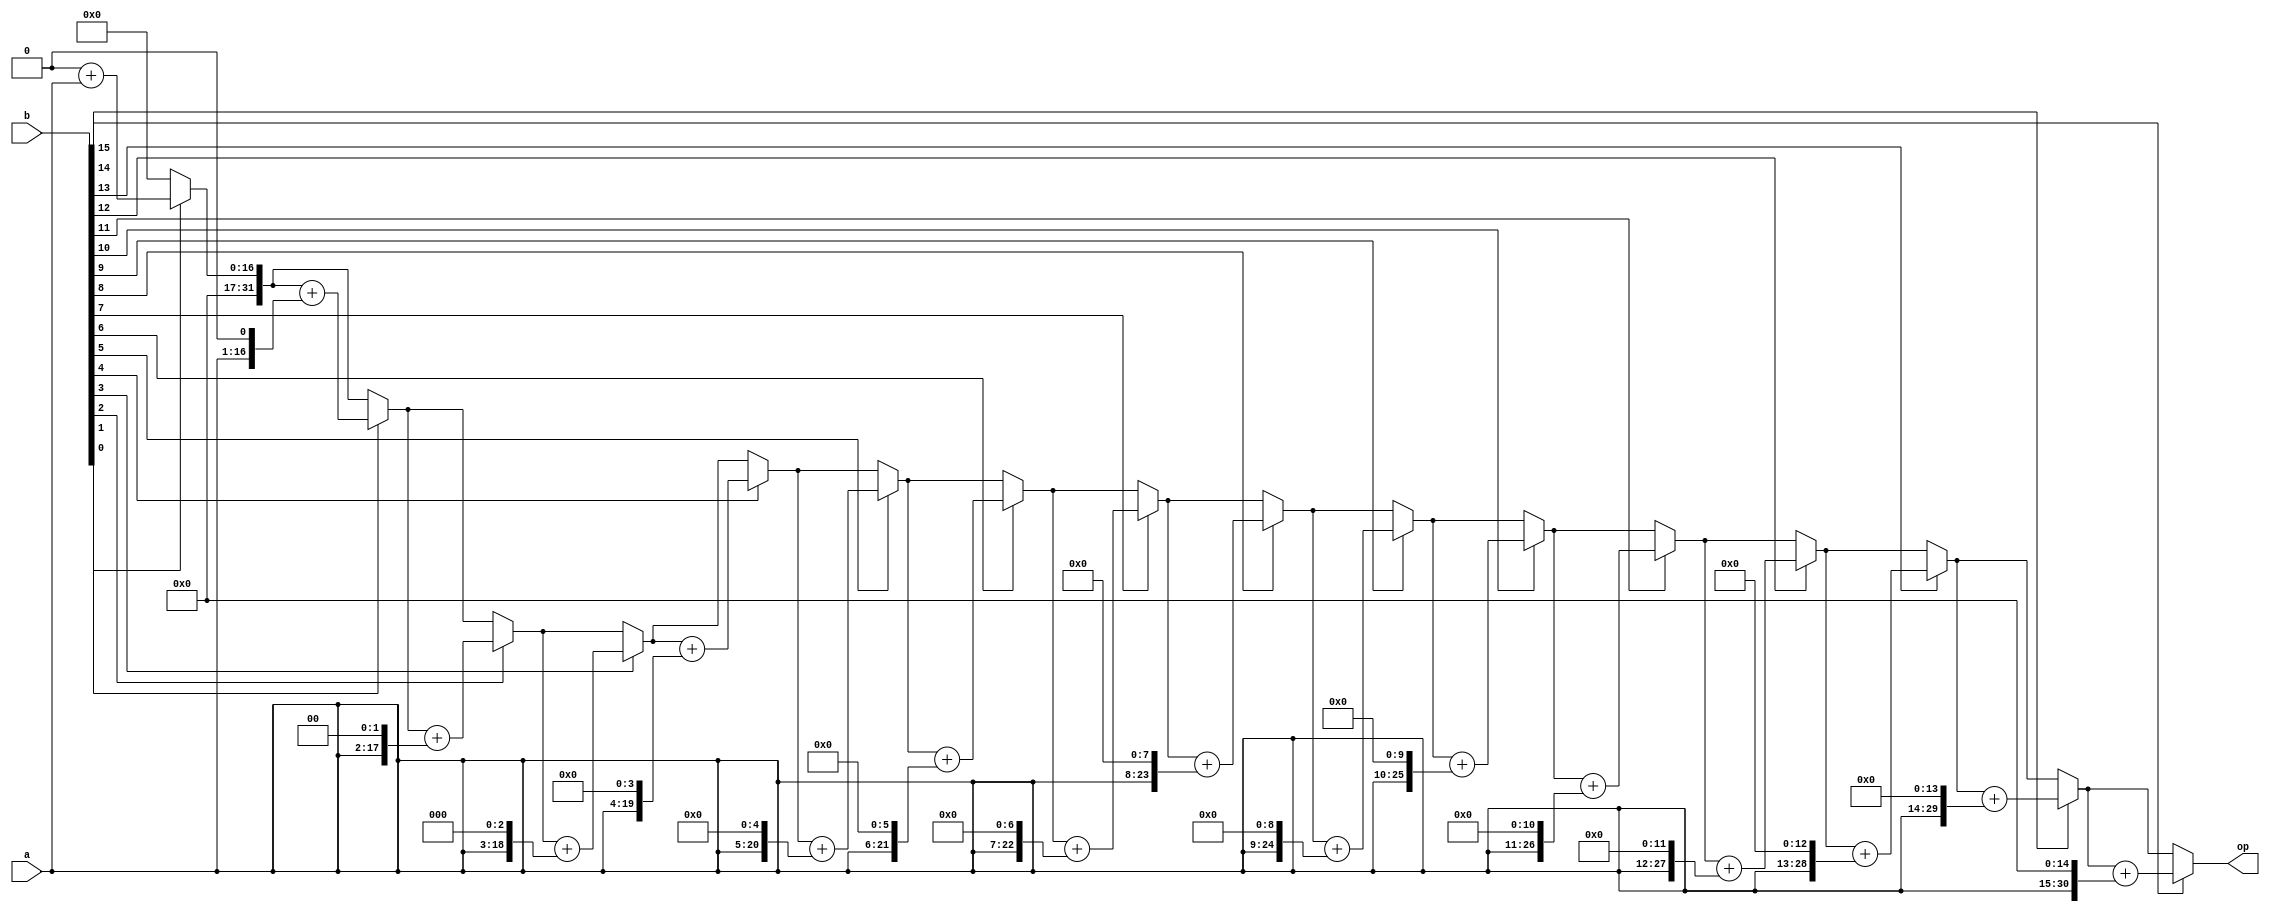
module mult_16_V1 (
	 a,b, op
);

input [15:0] a,b;
output [31:0] op;
reg [31:0] op = 0;

integer i;
always @(a or b)
begin
	op = 0;
	for (i = 0; i < 16; i=i+1) 
		if(b[i]== 1'b1)
			op = op + (a << i);
end
endmodule